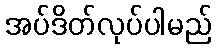
အပ်ဒိတ်လုပ်ပါမည်